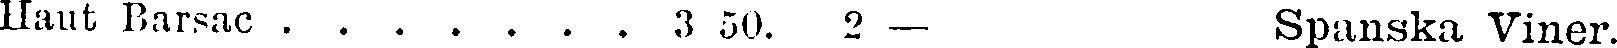
Haut Barsac . . . . . . . 3 50. 2 – Spanska Viner.